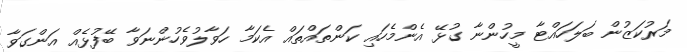
މަރުކަޒުން ބަލަހައްޓާ މީހުންނާ ގުޅޭ އެންމެހައި ކަންތައްތައް އެކަމާ ހަވާލުވެހުންނަވާ ބޭފުޅެއް އަންގަވާ